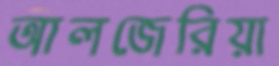
আলজেরিয়া